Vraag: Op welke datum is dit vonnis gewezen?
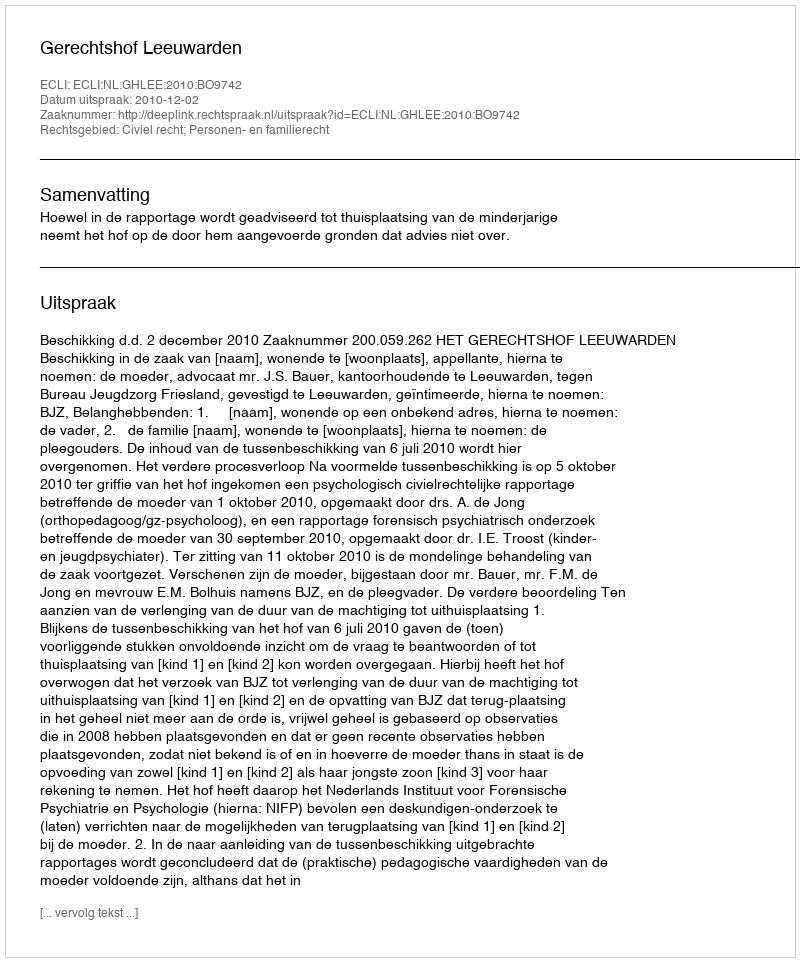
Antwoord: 2010-12-02